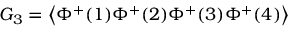
G _ { 3 } = \left\langle \Phi ^ { + } ( 1 ) \Phi ^ { + } ( 2 ) \Phi ^ { + } ( 3 ) \Phi ^ { + } ( 4 ) \right\rangle